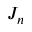
J _ { n }